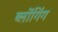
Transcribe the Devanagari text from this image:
ब्लोंगिंग